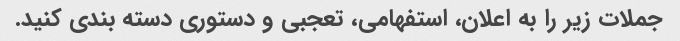
جملات زیر را به اعلان، استفهامی، تعجبی و دستوری دسته بندی کنید.